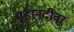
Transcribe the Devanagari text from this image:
महानदीवर